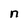
Character: n